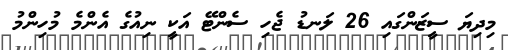
މިދިޔަ ސީޒަންގައި 26 ލަނޑު ޖެހި ސެންޓޭ އަކީ ނިއުގެ އެންމެ މުހިންމު